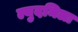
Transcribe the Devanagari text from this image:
ल्युदमिला